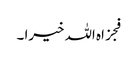
فجزاہ اللہ خیرا ۔